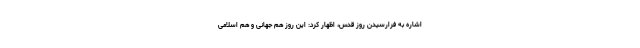
اشاره به فرارسیدن روز قدس، اظهار کرد: این روز هم‌ جهانی و هم اسلامی